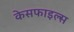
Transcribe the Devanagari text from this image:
केसफाइल्स